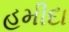
હમીદા